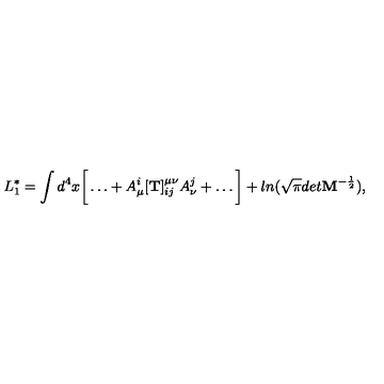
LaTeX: L _ { 1 } ^ { * } = \int d ^ { 4 } x \bigg [ \dots + A _ { \mu } ^ { i } [ { \bf T } ] _ { i j } ^ { \mu \nu } A _ { \nu } ^ { j } + \dots \bigg ] + l n ( \sqrt \pi d e t { \bf M } ^ { - \frac 1 2 } ) ,